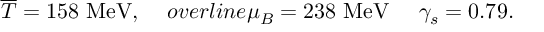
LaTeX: \overline { { { T } } } = 1 5 8 \ \mathrm { M e V } , \ \ \ \, o v e r l i n e { \mu } _ { B } = 2 3 8 \ \mathrm { M e V } \ \ \ \ \gamma _ { s } = 0 . 7 9 .